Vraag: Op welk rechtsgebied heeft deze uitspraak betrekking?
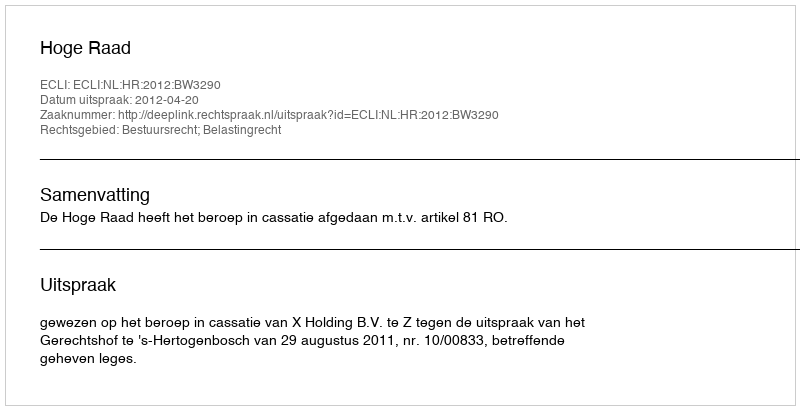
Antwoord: Bestuursrecht; Belastingrecht